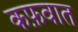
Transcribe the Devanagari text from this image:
कफ़वात